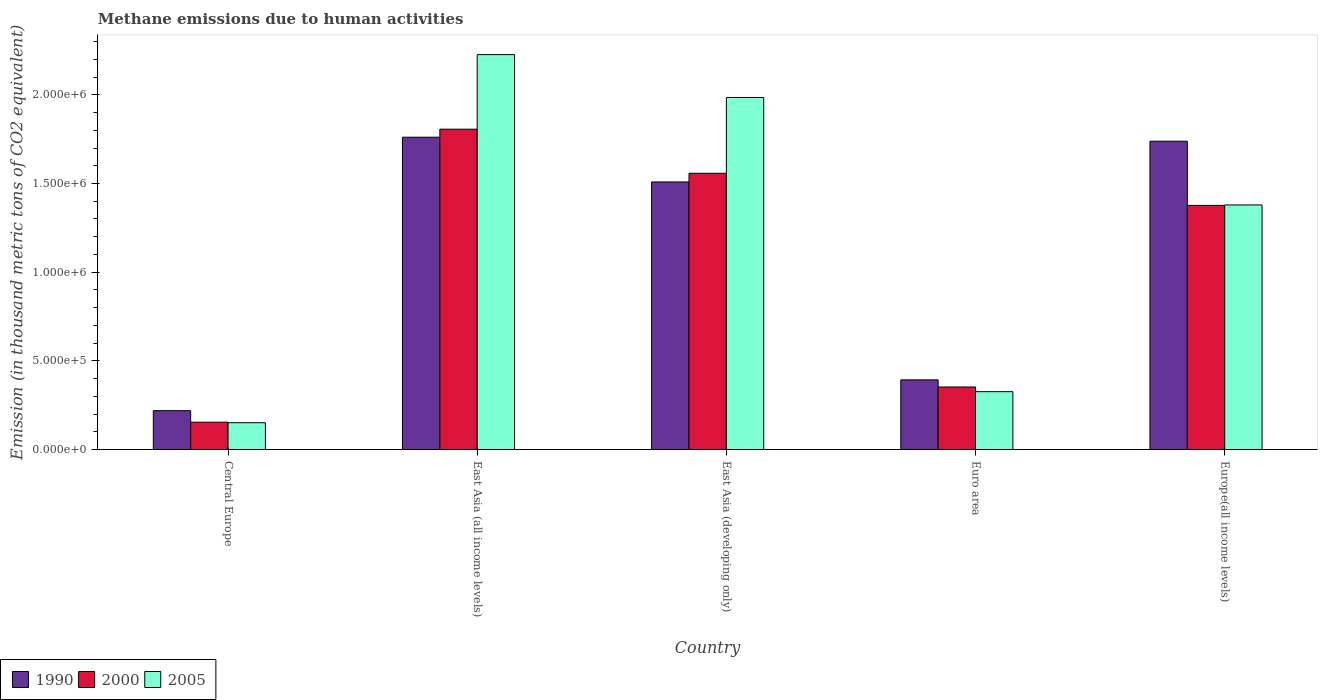
| Country | 1990 | 2000 | 2005 |
 | --- | --- | --- | --- |
 | Central Europe | 2.19e+05 | 1.54e+05 | 1.51e+05 |
 | East Asia (all income levels) | 1.76e+06 | 1.81e+06 | 2.23e+06 |
 | East Asia (developing only) | 1.51e+06 | 1.56e+06 | 1.99e+06 |
 | Euro area | 3.93e+05 | 3.53e+05 | 3.26e+05 |
 | Europe(all income levels) | 1.74e+06 | 1.38e+06 | 1.38e+06 |